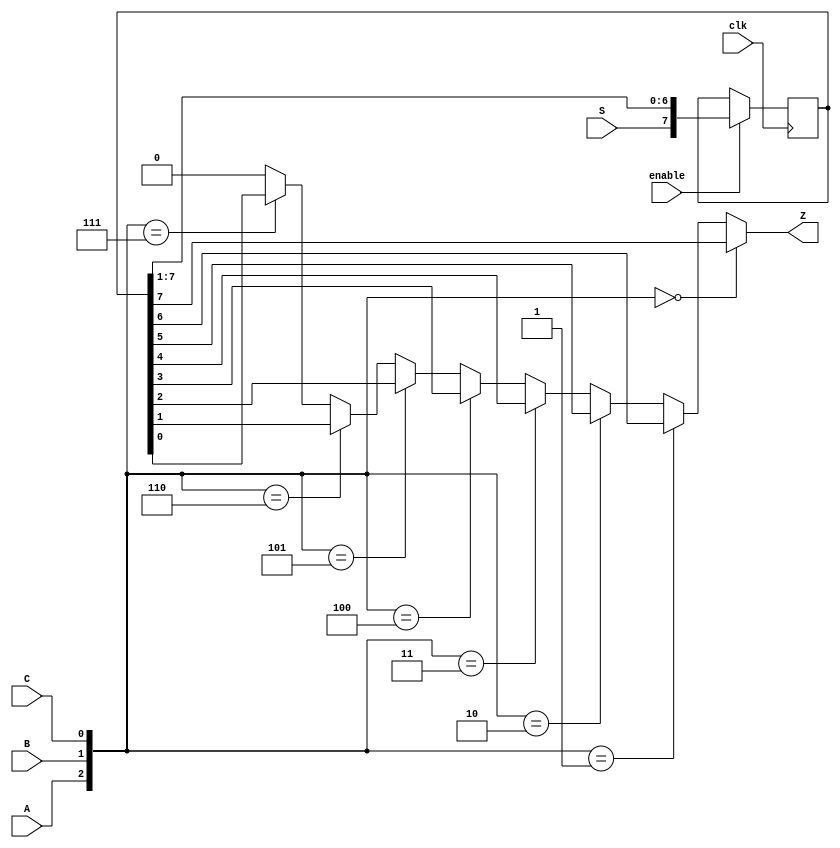
module top_module (
    input clk,
    input enable,
    input S,
    input A, B, C,
    output Z ); 

    reg [0:7] q;
    wire [2:0] temp;

    always @ (posedge clk)
        begin
            if(enable == 1'b1)
                begin
                    q <= {S, q[0:6]};
                end       
        end
    
    assign temp = {A, B, C};

    assign Z = (temp == 3'h0)?q[0] : 
        (temp == 3'h1)?q[1]: 
        (temp == 3'h2)?q[2]: 
        (temp == 3'h3)?q[3]: 
        (temp == 3'h4)?q[4]:
        (temp == 3'h5)?q[5]:
        (temp == 3'h6)?q[6]: 
        (temp == 3'h7)?q[7]:1'b0;
endmodule